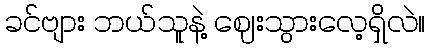
ခင်ဗျား ဘယ်သူနဲ့ ဈေးသွားလေ့ရှိလဲ။